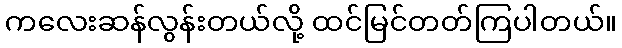
ကလေးဆန်လွန်းတယ်လို့ ထင်မြင်တတ်ကြပါတယ်။